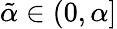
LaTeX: \tilde{\alpha}\in(0,\alpha]